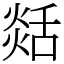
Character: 𦧡